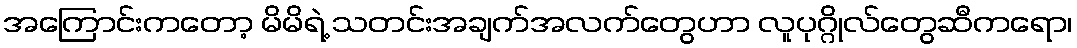
အကြောင်းကတော့ မိမိရဲ့ သတင်းအချက်အလက်တွေဟာ လူပုဂ္ဂိုလ်တွေဆီကရော၊